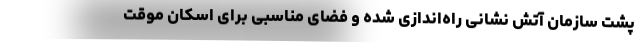
پشت سازمان آتش نشانی راه‌اندازی شده و فضای مناسبی برای اسکان موقت